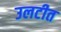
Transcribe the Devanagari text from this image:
उलटीत